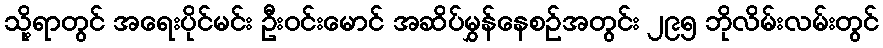
သို့ရာတွင် အရေးပိုင်မင်း ဦးဝင်းမောင် အဆိပ်မွှန်နေစဉ်အတွင်း ၂၉၅ ဘိုလိမ်းလမ်းတွင်